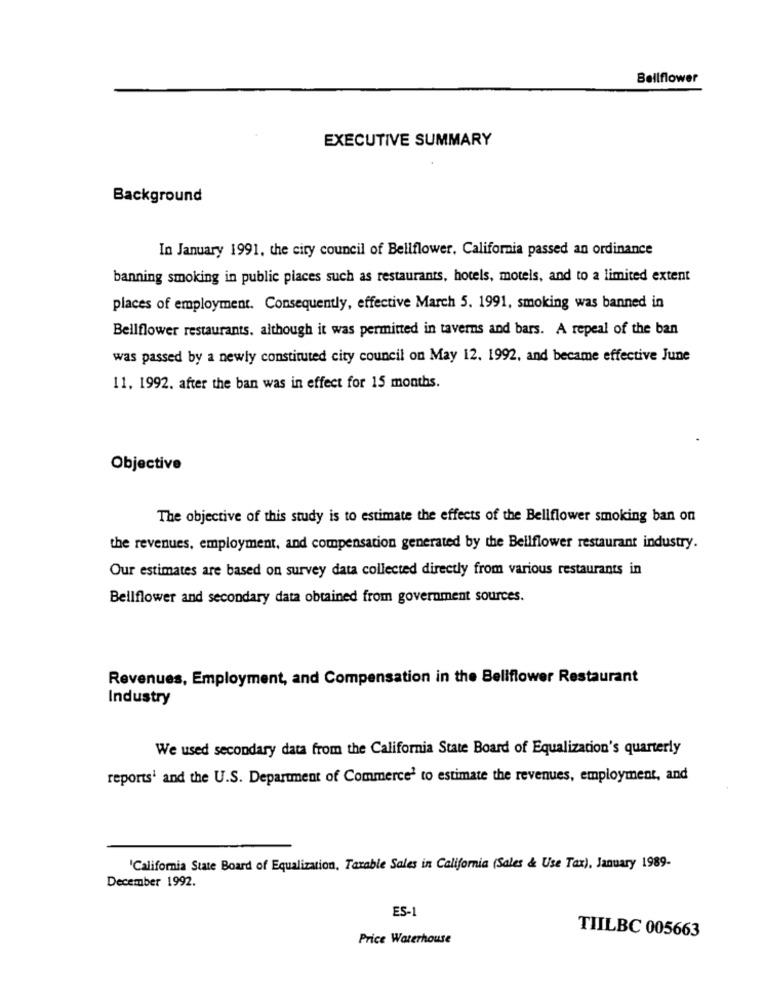
Bellflower
EXECUTIVE SUMMARY
Background
In January 1991, the city council of Bellflower, California passed an ordinance
banning smoking in public places such as restaurants, hotels, motels, and to a limited extent
places of employment. Consequently, effective March 5. 1991, smoking was banned in
Bellflower restaurants, although it was permitted in taverns and bars. A repeal of the ban
was passed by a newly constituted city council on May 12. 1992, and became effective June
11. 1992. after the ban was in effect for 15 months.
Objective
The objective of this study is to estimate the effects of the Bellflower smoking ban on
the revenues, employment, and compensation generated by the Bellflower restaurant industry.
Our estimates are based on survey data collected directly from various restaurants in
Bellflower and secondary data obtained from government sources.
Revenues, Employment, and Compensation in the Bellflower Restaurant
Industry
We used secondary data from the California State Board of Equalization's quarterly
reports' and the U.S. Department of Commerce' to estimate the revenues, employment, and
'California State Board of Equalization, Taxable Sales in California (Sales & Use Tax), January 1989-
December 1992.
ES-1
TIILBC 005663
Price Waterhouse